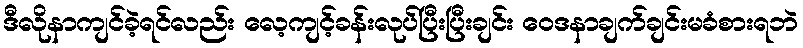
ဒီလိုနာကျင်ခဲ့ရင်လည်း လေ့ကျင့်ခန်းလုပ်ပြီးပြီးချင်း ဝေဒနာချက်ချင်းမခံစားရဘဲ